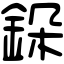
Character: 䤪